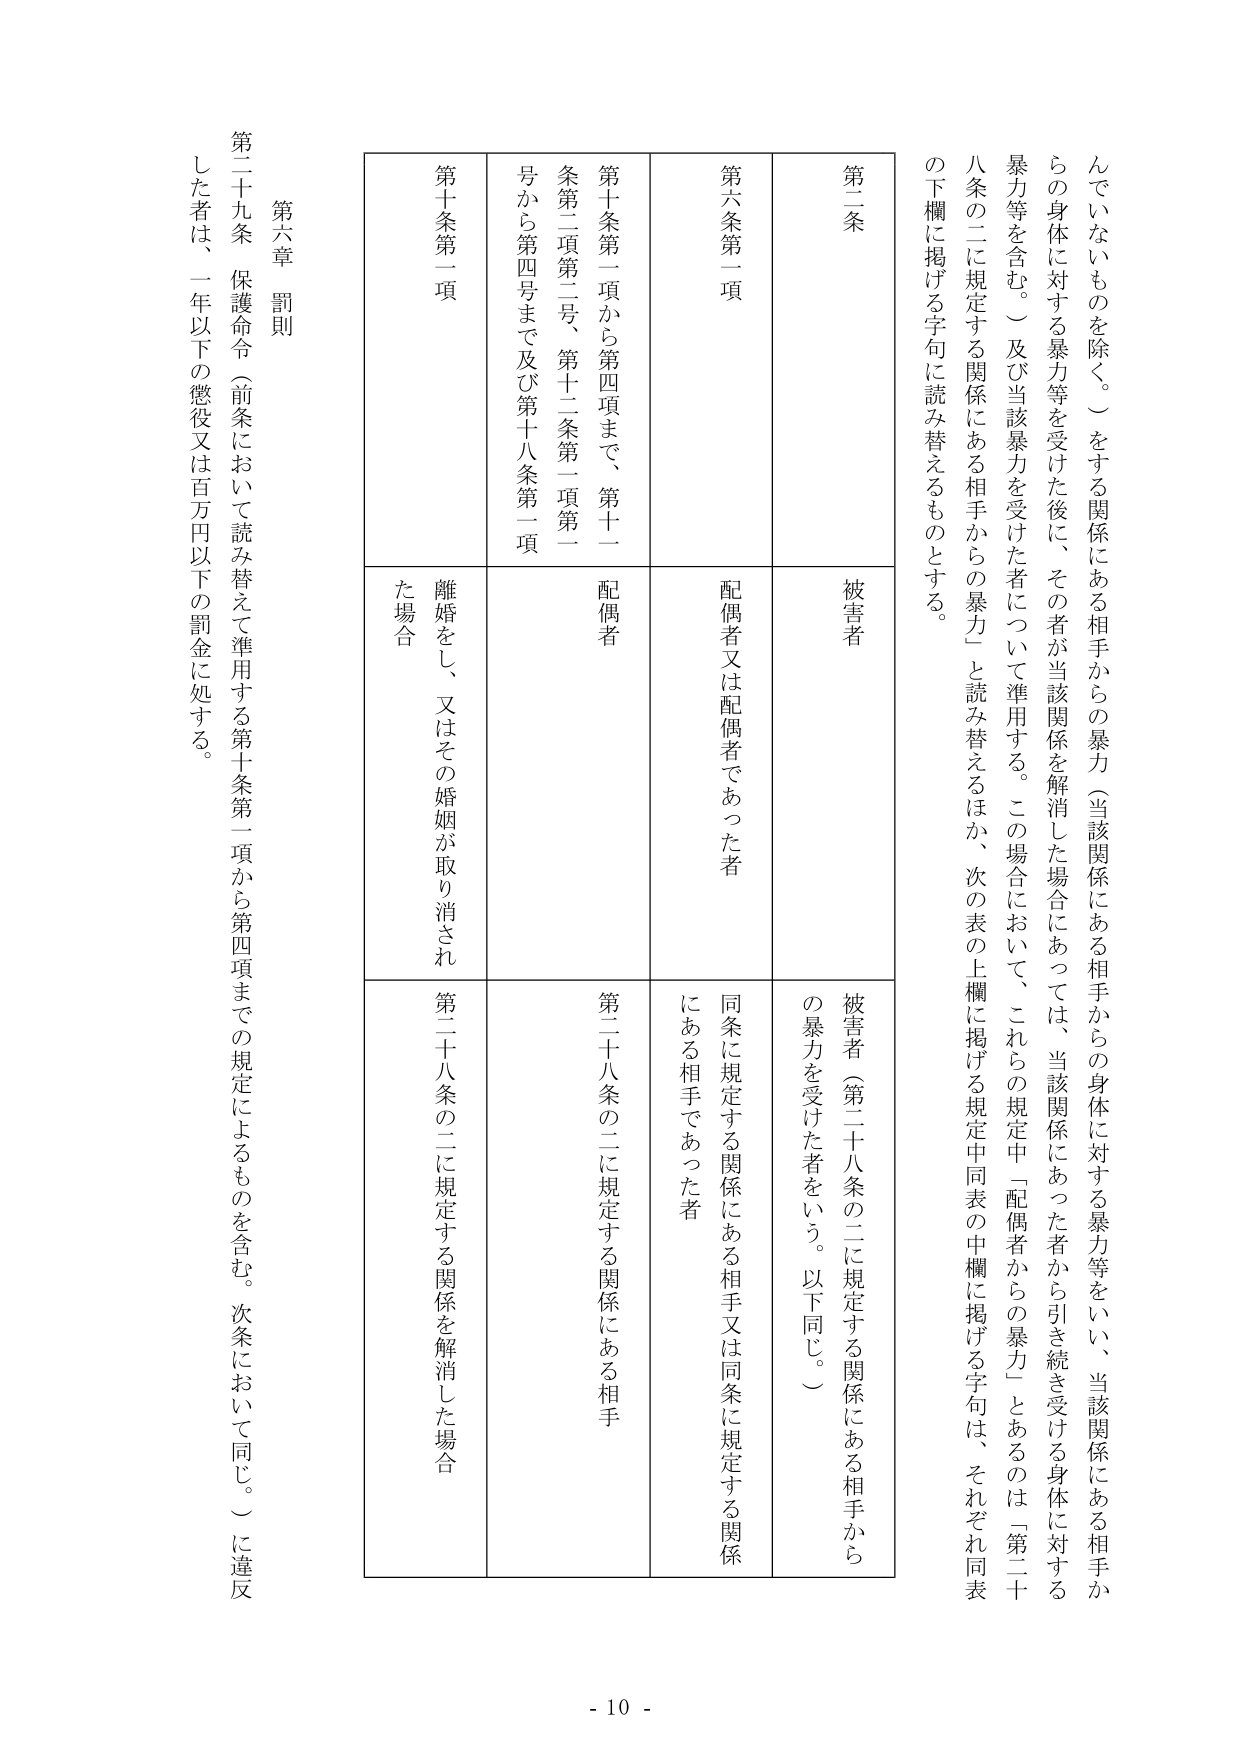
んでいないものを除く。）をする関係にある相手からの暴力（当該関係にある相手からの身体に対する暴力等をいい、当該関係にある相手からの身体に対する暴力等を受けた後に、その者が当該関係を解消した場合にあっては、当該関係にあった者から引き続き受ける身体に対する暴力等を含む。）及び当該暴力を受けた者について準用する。この場合において、これらの規定中「配偶者からの暴力」とあるのは「第二十八条の二に規定する関係にある相手からの暴力」と読み替えるほか、次の表の上欄に掲げる規定中同表の中欄に掲げる字句は、それぞれ同表の下欄に掲げる字句に読み替えるものとする。

第二条

第六条第一項

第十条第一項から第四項まで、第十一條第二項第二号、第十二条第一項第一号から第四号まで及び第十八条第一項

第十条第一項

第六章 罰則

第二十九条 保護命令（前条において読み替えて準用する第十条第一項から第四項までの規定によるものを含む。次条において同じ。）に違反した者は、一年以下の懲役又は百万円以下の罰金に処する。

被害者

配偶者又は配偶者であった者

配偶者

離婚をし、又はその婚姻が取り消された場合

被害者（第二十八条の二に規定する関係にある相手からの暴力を受けた者をいう。以下同じ。）

同条に規定する関係にある相手又は同条に規定する関係にある相手であった者

第二十八条の二に規定する関係にある相手

第二十八条の二に規定する関係を解消した場合

- 10 -